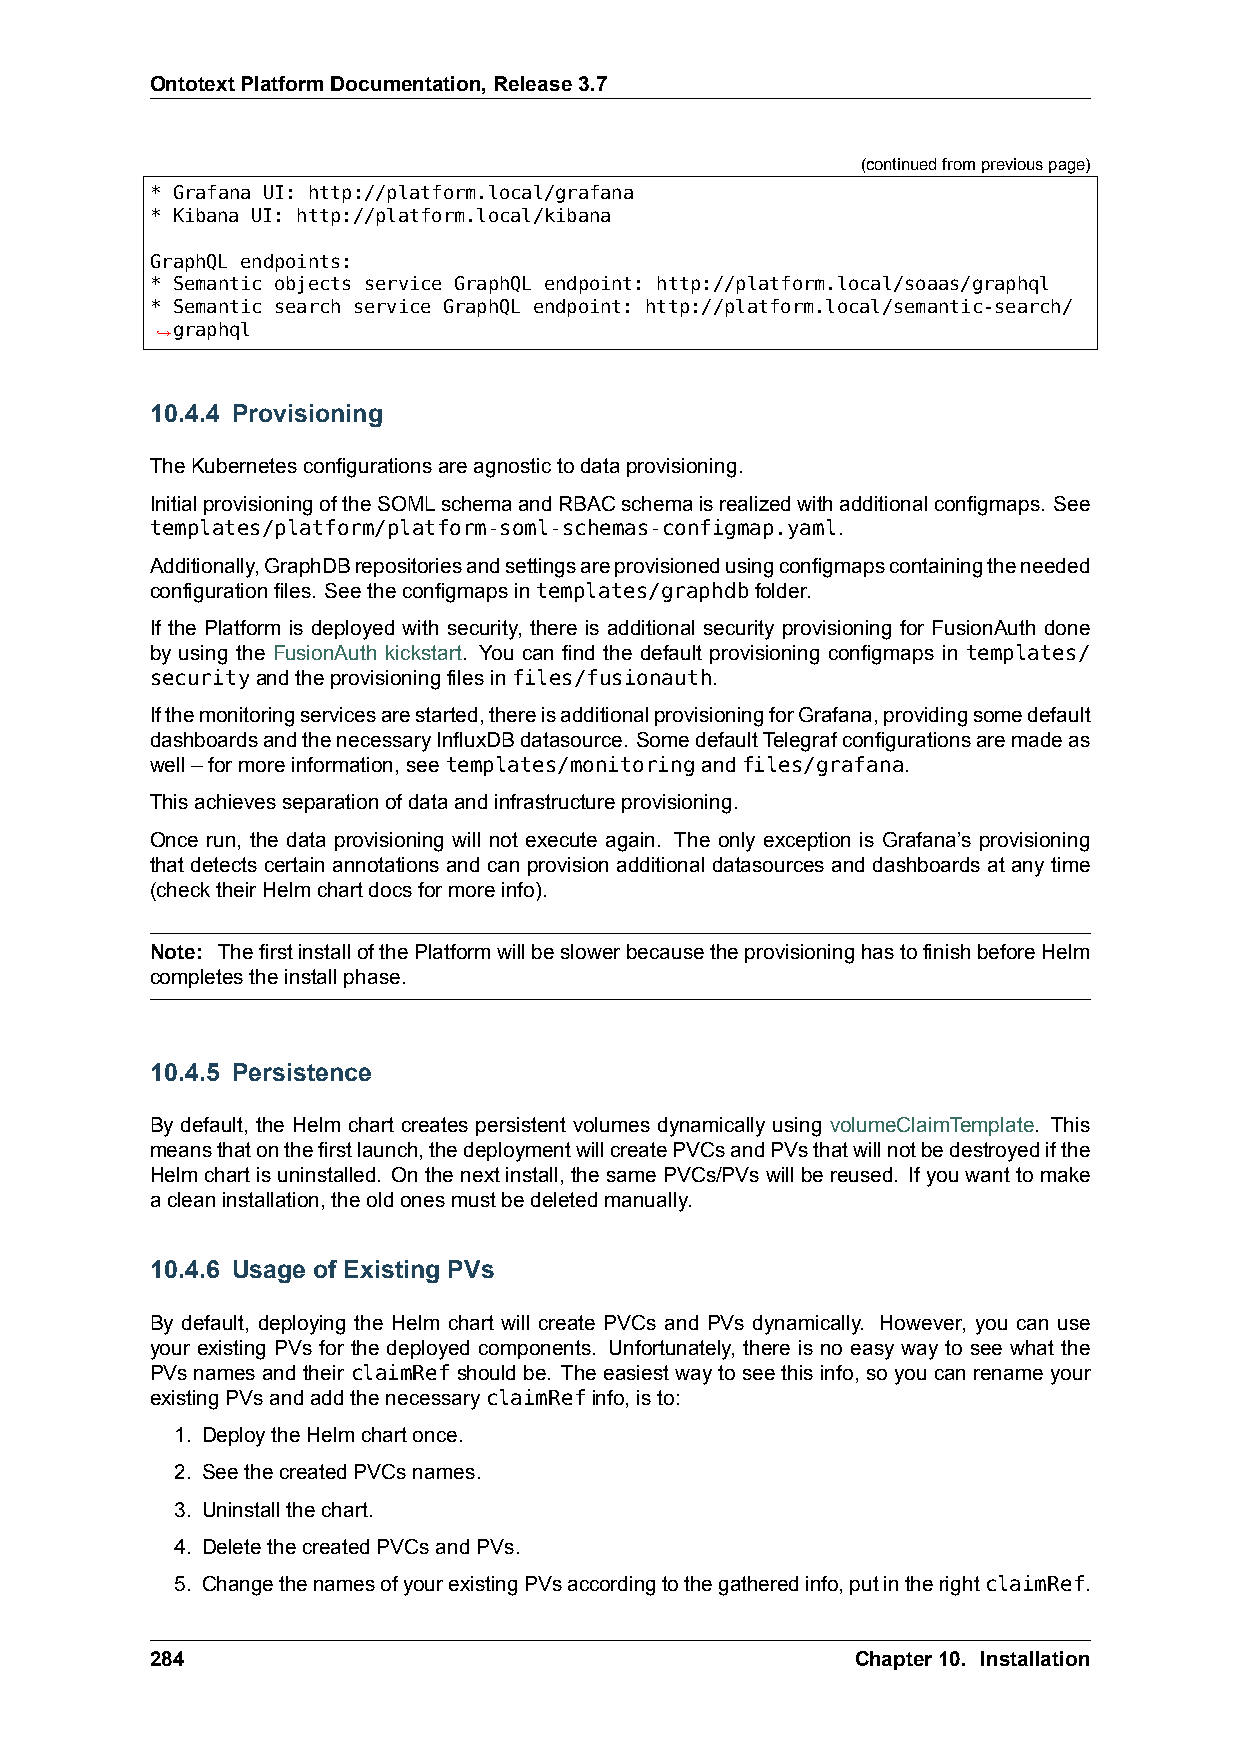
OntotextPlatformDocumentation,Release3.7
 (continuedfrompreviouspage)
 * Grafana UI: http://platform.local/grafana
 * Kibana UI: http://platform.local/kibana
 GraphQL endpoints:
 * Semantic objects service GraphQL endpoint: http://platform.local/soaas/graphql
 * Semantic search service GraphQL endpoint: http://platform.local/semantic-search/
 ,→graphql
 10.4.4 Provisioning
 TheKubernetesconfigurationsareagnostictodataprovisioning.
 InitialprovisioningoftheSOMLschemaandRBACschemaisrealizedwithadditionalconfigmaps. See
 templates/platform/platform-soml-schemas-configmap.yaml.
 Additionally,GraphDBrepositoriesandsettingsareprovisionedusingconfigmapscontainingtheneeded
 configurationfiles. Seetheconfigmapsintemplates/graphdbfolder.
 If the Platform is deployed with security, there is additional security provisioning for FusionAuth done
 by using the FusionAuth kickstart. You can find the default provisioning configmaps in templates/
 securityandtheprovisioningfilesinfiles/fusionauth.
 Ifthemonitoringservicesarestarted,thereisadditionalprovisioningforGrafana,providingsomedefault
 dashboardsandthenecessaryInfluxDBdatasource. SomedefaultTelegrafconfigurationsaremadeas
 well–formoreinformation,seetemplates/monitoringandfiles/grafana.
 Thisachievesseparationofdataandinfrastructureprovisioning.
 Once run, the data provisioning will not execute again. The only exception is Grafana’s provisioning
 that detects certain annotations and can provision additional datasources and dashboards at any time
 (checktheirHelmchartdocsformoreinfo).
 Note: ThefirstinstallofthePlatformwillbeslowerbecausetheprovisioninghastofinishbeforeHelm
 completestheinstallphase.
 10.4.5 Persistence
 By default, the Helm chart creates persistent volumes dynamically using volumeClaimTemplate. This
 meansthatonthefirstlaunch,thedeploymentwillcreatePVCsandPVsthatwillnotbedestroyedifthe
 Helmchartisuninstalled. Onthenextinstall,thesamePVCs/PVswillbereused. Ifyouwanttomake
 acleaninstallation,theoldonesmustbedeletedmanually.
 10.4.6 Usage of Existing PVs
 By default, deploying the Helm chart will create PVCs and PVs dynamically. However, you can use
 your existing PVs for the deployed components. Unfortunately, there is no easy way to see what the
 PVsnamesandtheir claimRefshouldbe. Theeasiestwaytoseethisinfo, soyoucanrenameyour
 existingPVsandaddthenecessaryclaimRefinfo,isto:
 1. DeploytheHelmchartonce.
 2. SeethecreatedPVCsnames.
 3. Uninstallthechart.
 4. DeletethecreatedPVCsandPVs.
 5. ChangethenamesofyourexistingPVsaccordingtothegatheredinfo,putintherightclaimRef.
 284                                            Chapter10. Installation